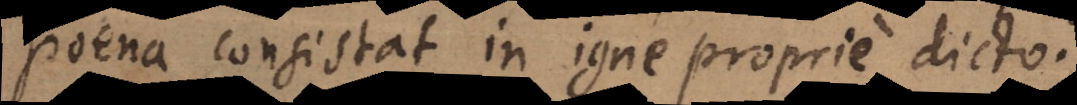
poena consistat in igne proprie dicto.